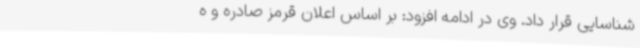
شناسایی قرار داد. وی در ادامه افزود: بر اساس اعلان قرمز صادره و ه